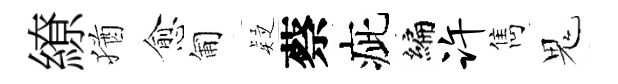
繚猶愈匍疑蔡疵编许雋鬼